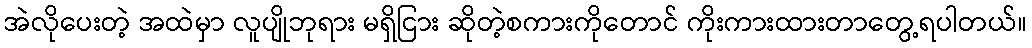
အဲလိုပေးတဲ့ အထဲမှာ လူပျိုဘုရား မရှိငြား ဆိုတဲ့စကားကိုတောင် ကိုးကားထားတာတွေ့ရပါတယ်။